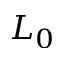
L _ { 0 }